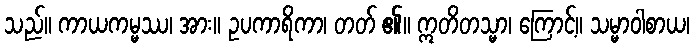
သည်။ ကာယကမ္မဿ၊ အား။ ဥပကာရိကာ၊ တတ် ၏။ ဣတိတသ္မာ၊ ကြောင့်။ သမ္မာဝါစာယ၊